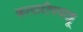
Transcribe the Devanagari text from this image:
कलारीपयाट्टू